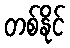
တစ်နိုင်